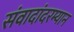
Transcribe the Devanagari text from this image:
संवादांदरम्यान